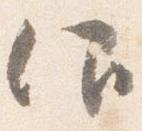
仰